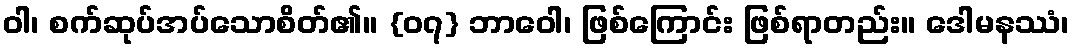
ဝါ၊ စက်ဆုပ်အပ်သောစိတ်၏။ {၀၇} ဘာဝေါ၊ ဖြစ်ကြောင်း ဖြစ်ရာတည်း။ ဒေါမနဿံ၊